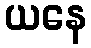
ယနေ